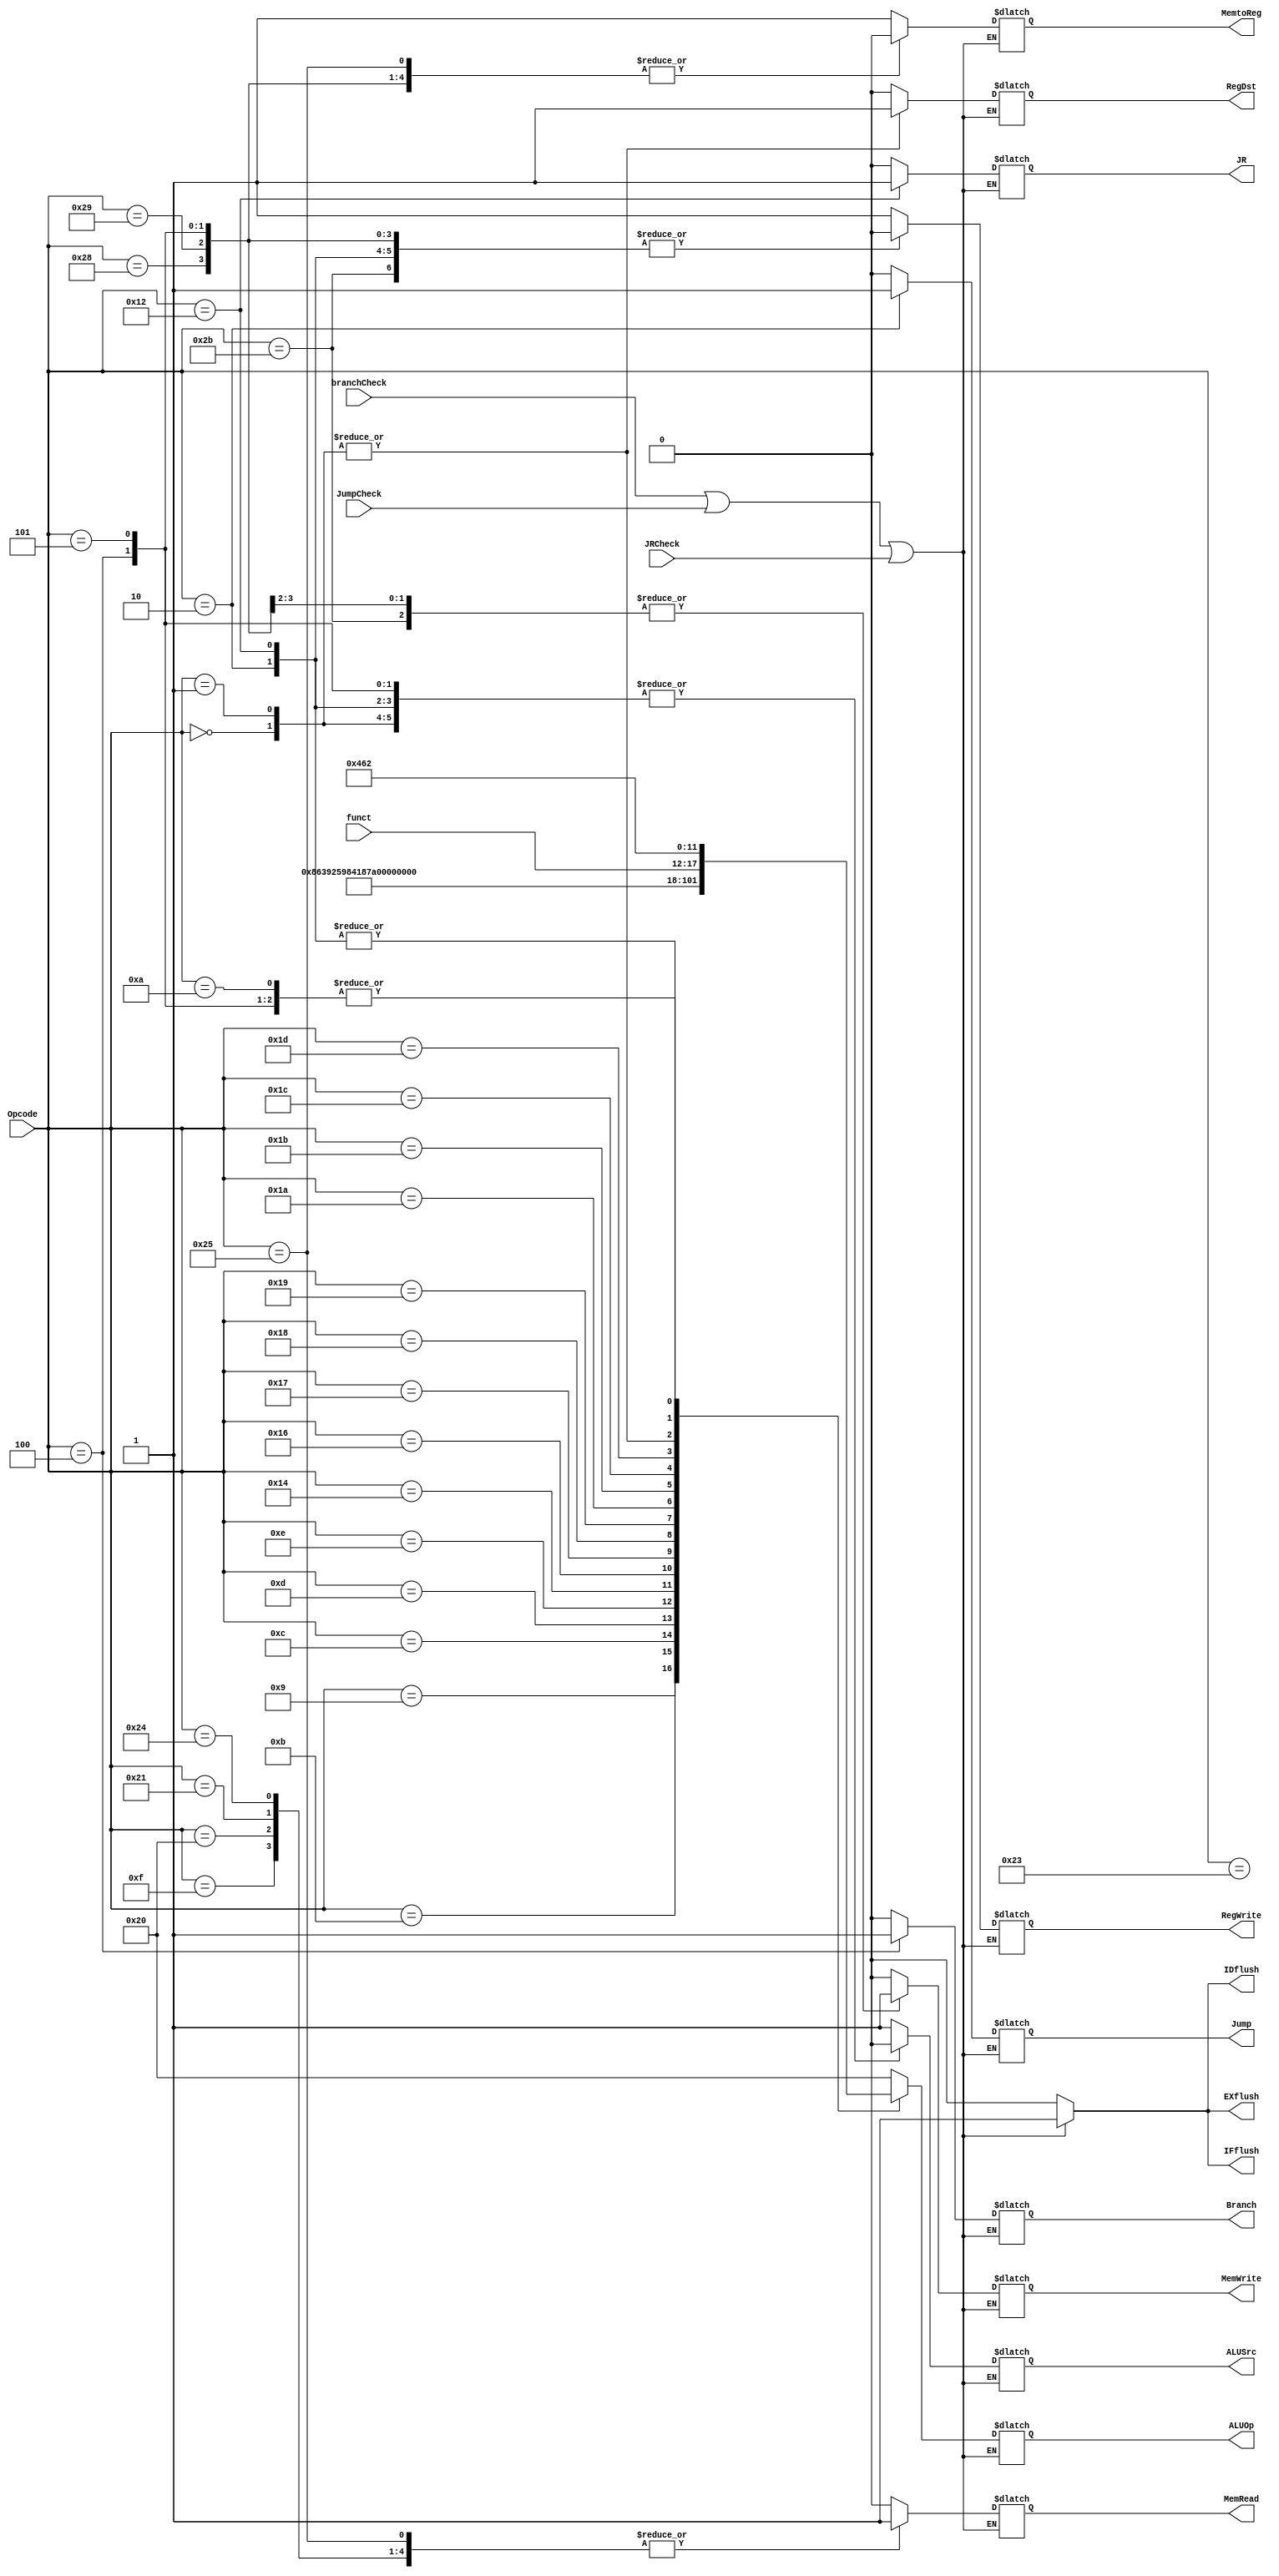
module control(Opcode, funct, RegDst, Branch, Jump, JR,MemRead, MemtoReg, ALUOp, MemWrite, ALUSrc, RegWrite, 
					branchCheck, JumpCheck, JRCheck, IFflush, IDflush, EXflush);
	input [5:0] Opcode, funct;
	input branchCheck, JumpCheck, JRCheck;
	output RegDst, Branch, Jump, JR, MemRead, MemtoReg, MemWrite, ALUSrc, RegWrite;
	output [5:0] ALUOp;
	output reg IFflush, IDflush, EXflush;
	
	reg RegDst, Branch, Branch_ne, Jump, JR, MemRead, MemtoReg, MemWrite, ALUSrc, RegWrite;
	reg [5:0] ALUOp;
	
	parameter ADDI =  6'h08,R = 6'h00,Mult = 6'h01,J = 6'h02,JAL = 6'h03,BEQ = 6'h04,BNEZ = 6'h05,ADDUI=6'h09,SUBI=6'h0a,SUBUI=6'h0b;
	parameter ANDI=6'h0c,ORI=6'h0d,XORI=6'h0e,LHI=6'h0f,JRf=6'h12,JALR=6'h13,SLLI=6'h14,SRLI=6'h16,SRAI=6'h17,SEQI=6'h18,SNEI=6'h19;
	parameter SLTI=6'h1a,SGTI=6'h1b,SLEI=6'h1c,SGEI=6'h1d,LB=6'h20,LH=6'h21;
	parameter LW = 6'h23,LBU=6'h24,LHU=6'h25,SB=6'h28,SH=6'h29,SW = 6'h2b; 
	
	// Specify signals to set up different datapaths
	always @(*) begin
		if (branchCheck|| JumpCheck || JRCheck) begin
			IFflush = 1;
			IDflush = 1;
			EXflush = 1;
		end else begin
			IFflush = 0;
			IDflush = 0;
			EXflush = 0;
			case (Opcode)
				// Immediate
				ADDI: begin
					 RegDst = 0; Branch_ne = 0;
					 Branch = 0; Jump = 0; JR = 0;
					 MemRead = 0; MemtoReg = 1; MemWrite = 0;
					 ALUSrc = 1;
					 RegWrite = 1;
					 ALUOp = 6'h20;
					 end
				ADDUI: begin
	             RegDst = 0; Branch_ne = 0;
	             Branch = 0; Jump = 0; JR = 0;
	             MemRead = 0; MemtoReg = 1; MemWrite = 0;
	             ALUSrc = 1;
	             RegWrite = 1;
	             ALUOp = 6'h21;
	             end
	         SUBI: begin
	             RegDst = 0; Branch_ne = 0;
	             Branch = 0; Jump = 0; JR = 0;
	             MemRead = 0; MemtoReg = 1; MemWrite = 0;
	             ALUSrc = 1;
	             RegWrite = 1;
	             ALUOp = 6'h22;
	             end
            SUBUI: begin
                RegDst = 0; Branch_ne = 0;
                Branch = 0; Jump = 0; JR = 0;
                MemRead = 0; MemtoReg = 1; MemWrite = 0;
                ALUSrc = 1;
                RegWrite = 1;
                ALUOp = 6'h23;
                end
            ANDI: begin
	             RegDst = 0; Branch_ne = 0;
	             Branch = 0; Jump = 0; JR = 0;
	             MemRead = 0; MemtoReg = 1; MemWrite = 0;
	             ALUSrc = 1;
	             RegWrite = 1;
	             ALUOp = 6'h24;
	             end
            ORI: begin
                RegDst = 0; Branch_ne = 0;
                Branch = 0; Jump = 0; JR = 0;
                MemRead = 0; MemtoReg = 1; MemWrite = 0;
                ALUSrc = 1;
                RegWrite = 1;
                ALUOp = 6'h25;
                end
            XORI: begin
	             RegDst = 0; Branch_ne = 0;
	             Branch = 0; Jump = 0; JR = 0;
	             MemRead = 0; MemtoReg = 1; MemWrite = 0;
	             ALUSrc = 1;
	             RegWrite = 1;
	             ALUOp = 6'h26;
	             end
            SLLI: begin
                RegDst = 0; Branch_ne = 0;
                Branch = 0; Jump = 0; JR = 0;
                MemRead = 0; MemtoReg = 1; MemWrite = 0;
                ALUSrc = 1;
                RegWrite = 1;
                ALUOp = 6'h04;
                end
            SRLI: begin
	             RegDst = 0; Branch_ne = 0;
	             Branch = 0; Jump = 0; JR = 0;
	             MemRead = 0; MemtoReg = 1; MemWrite = 0;
	             ALUSrc = 1;
	             RegWrite = 1;
	             ALUOp = 6'h06;
	             end
            SRAI: begin
                RegDst = 0; Branch_ne = 0;
                Branch = 0; Jump = 0; JR = 0;
                MemRead = 0; MemtoReg = 1; MemWrite = 0;
                ALUSrc = 1;
                RegWrite = 1;
                ALUOp = 6'h07;
                end
            SEQI: begin
	             RegDst = 0; Branch_ne = 0;
	             Branch = 0; Jump = 0; JR = 0;
	             MemRead = 0; MemtoReg = 1; MemWrite = 0;
	             ALUSrc = 1;
	             RegWrite = 1;
	             ALUOp = 6'h28;
	             end
            SNEI: begin
                RegDst = 0; Branch_ne = 0;
                Branch = 0; Jump = 0; JR = 0;
                MemRead = 0; MemtoReg = 1; MemWrite = 0;
                ALUSrc = 1;
                RegWrite = 1;
                ALUOp = 6'h29;
                end
            SLTI: begin
                RegDst = 0; Branch_ne = 0;
                Branch = 0; Jump = 0; JR = 0;
                MemRead = 0; MemtoReg = 1; MemWrite = 0;
                ALUSrc = 1;
                RegWrite = 1;
                ALUOp = 6'h2a;
                end
            SGTI: begin
                RegDst = 0; Branch_ne = 0;
                Branch = 0; Jump = 0; JR = 0;
                MemRead = 0; MemtoReg = 1; MemWrite = 0;
                ALUSrc = 1;
                RegWrite = 1;
                ALUOp = 6'h2b;
                end
            SLEI: begin
                RegDst = 0; Branch_ne = 0;
                Branch = 0; Jump = 0; JR = 0;
                MemRead = 0; MemtoReg = 1; MemWrite = 0;
                ALUSrc = 1;
                RegWrite = 1;
                ALUOp = 6'h2c;
                end
            SGEI: begin
                RegDst = 0; Branch_ne = 0;
                Branch = 0; Jump = 0; JR = 0;
                MemRead = 0; MemtoReg = 1; MemWrite = 0;
                ALUSrc = 1;
                RegWrite = 1;
                ALUOp = 6'h2d;
                end
				// R type instruction including JumpRegister
				R: 
					begin
						RegDst = 1; Branch_ne = 0;
						Branch = 0; Jump = 0; JR = 0;
						MemRead = 0; MemtoReg = 1; MemWrite = 0;
						ALUSrc = 0;
						RegWrite = 1;
						ALUOp = funct;
					end
				Mult: begin
		            RegDst = 1; Branch_ne = 0;
		            Branch = 0; Jump = 0; JR = 0;
		            MemRead = 0; MemtoReg = 1; MemWrite = 0;
		            ALUSrc = 0;
		            RegWrite = 1;
		            ALUOp = funct;
	             end
	             
				// Load word from SRAM to register
				LW: begin
					 RegDst = 0; Branch_ne = 0;
					 Branch = 0; Jump = 0; JR = 0;
					 MemRead = 1; MemtoReg = 0; MemWrite = 0;
					 ALUSrc = 1;
					 RegWrite = 1;
					 ALUOp = 6'h20;
					 end
				// Store word from register back to memory
				SW: begin
					 RegDst = 0; Branch_ne = 0;
					 Branch = 0; Jump = 0; JR = 0;
					 MemRead = 0; MemtoReg = 0; MemWrite = 1;
					 ALUSrc = 1;
					 RegWrite = 0;
					 ALUOp = 6'h20;
					 end
				// Jump
				J : begin
					 RegDst = 0; Branch = 0; Branch_ne = 0; Jump = 1; JR = 0; MemRead = 0; MemtoReg = 0; MemWrite = 0; 
					 ALUSrc = 0; RegWrite = 0; ALUOp = 6'h11;
					 end
					 /*
			   JAL: begin
			       RegDst = 0; Branch = 0; Branch_ne = 0; Jump = 1; JR = 0; MemRead = 0; MemtoReg = 0; MemWrite = 0;
			       ALUSrc = 0; RegWrite = 1; ALUOp = 6'h11;
			       end
			       */
			   JRf: begin
			       RegDst = 0; Branch = 0; Jump = 0; JR = 1; MemRead = 0; MemtoReg = 1; MemWrite = 0;
                ALUSrc = 0; RegWrite = 0; ALUOp = 6'h11;
            end
            /*
            JALR: begin
                RegDst = 0; Branch = 0; Branch_ne = 0; Jump = 0; JR = 1; MemRead = 0; MemtoReg = 0; MemWrite = 0;
                ALUSrc = 0; RegWrite = 1; ALUOp = 6'h11;
            end
            */
            LHI: begin
                RegDst = 0; Branch = 0; Branch_ne = 0; Jump = 0; JR = 0; MemRead = 1; MemtoReg = 0; MemWrite = 0;
                ALUSrc = 1; RegWrite = 1; ALUOp = 6'h20;
            end
            
            LB: begin
                RegDst = 0; Branch = 0; Branch_ne = 0; Jump = 0; JR = 0; MemRead = 1; MemtoReg = 0; MemWrite = 0;
                ALUSrc = 1; RegWrite = 1; ALUOp = 6'h20;
            end
            
            LH: begin
                RegDst = 0; Branch = 0; Branch_ne = 0; Jump = 0; JR = 0; MemRead = 1; MemtoReg = 0; MemWrite = 0;
                ALUSrc = 1; RegWrite = 1; ALUOp = 6'h20;
            end
            LBU: begin
                RegDst = 0; Branch = 0; Branch_ne = 0; Jump = 0; JR = 0; MemRead = 1; MemtoReg = 0; MemWrite = 0;
                ALUSrc = 1; RegWrite = 1; ALUOp = 6'h20;
            end
            LHU: begin
                RegDst = 0; Branch = 0; Branch_ne = 0; Jump = 0; JR = 0; MemRead = 1; MemtoReg = 0; MemWrite = 0;
                ALUSrc = 1; RegWrite = 1; ALUOp = 6'h20;
            end
            SB: begin
                RegDst = 0; Branch = 0; Branch_ne = 0; Jump = 0; JR = 0; MemRead = 0; MemtoReg = 0; MemWrite = 1;
                ALUSrc = 1; RegWrite = 0; ALUOp = 6'h20;
            end
            SH: begin
                RegDst = 0; Branch = 0; Branch_ne = 0; Jump = 0; JR = 0; MemRead = 0; MemtoReg = 0; MemWrite = 1;
                ALUSrc = 1; RegWrite = 0; ALUOp = 6'h20;
            end

				// Branch equal
				
				BEQ:begin
					 RegDst = 0; Branch = 1; Branch_ne = 0; Jump = 0; JR = 0; MemRead = 0; MemtoReg = 0; MemWrite = 0;
					 ALUSrc = 0; RegWrite = 0; ALUOp = 6'h22;
					 end
				BNEZ: begin
				    RegDst = 0; Branch = 0; Branch_ne = 1; Jump = 0; JR = 0; MemRead = 0; MemtoReg = 0; MemWrite = 0;
                ALUSrc = 0; RegWrite = 0; ALUOp = 6'h22;
            end
				default: begin
					 RegDst = 1'bx; Branch = 1'bx; Branch_ne = 1'bx; Jump = 1'bx; JR = 1'bx; MemRead = 1'bx; MemtoReg = 1'bx; MemWrite = 1'bx;
					 ALUSrc = 1'bx;
					 RegWrite = 1'bx;
					 ALUOp = 6'hxx; end
			endcase
		end
	end
	
endmodule